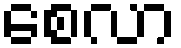
စေလာ